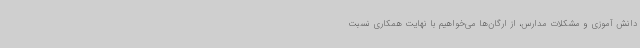
دانش آموزی و مشکلات مدارس، از ارگان‌ها می‌خواهیم با نهایت همکاری نسبت